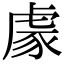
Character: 豦